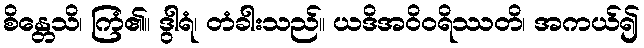
စိန္တေသိ၊ ကြံ၏။ ဒွါရံ၊ တံခါးသည်။ ယဒိအဝိဝရိဿတိ၊ အကယ်၍